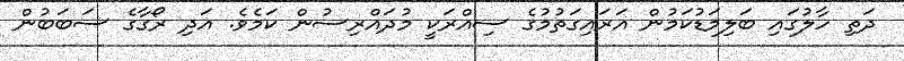
ދަތި ހާލުގައި ބަލިމަޑުކަމުން އަރައިގަތުމުގެ ސިއްރަކީ މުދައްރިސުން ކަމެވެ. އަދި ރޯގާގެ ސަބަބުން